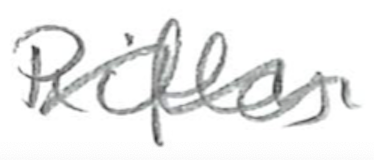
Text: Rifles
Cross-out: wave
Writing tool: pencil